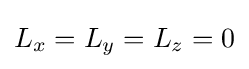
L_{x}=L_{y}=L_{z}=0